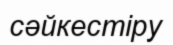
сәйкестіру